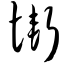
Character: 惭